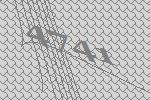
4741